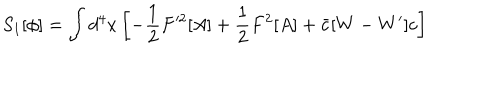
S _ { 1 } [ \phi ] = \int d ^ { 4 } x \left[ - \frac { 1 } { 2 } F ^ { \prime 2 } [ A ] + \frac { 1 } { 2 } F ^ { 2 } [ A ] + \bar { c } [ W - W ^ { \prime } ] c \right]